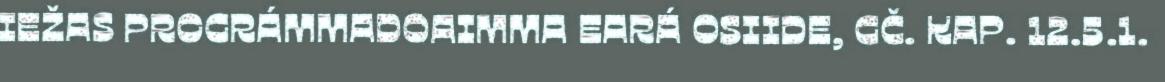
IEŽAS PROGRÁMMADOAIMMA EARÁ OSIIDE, GČ. KAP. 12.5.1.